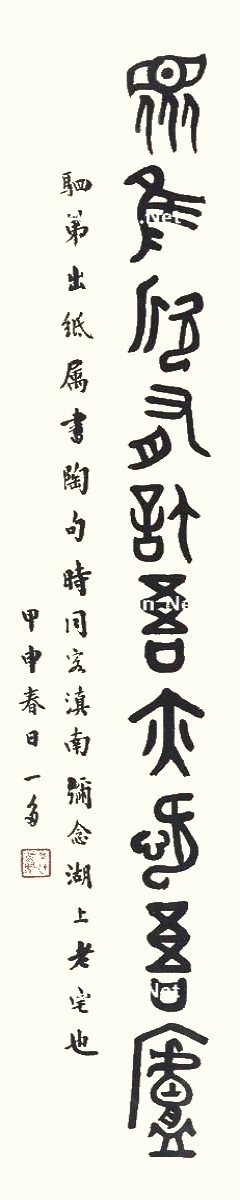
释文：众鸟欣有托，吾亦爱吾庐。驷弟出纸属书陶句，时同客滇南，弥念湖上老宅也。甲申春日，一多。